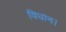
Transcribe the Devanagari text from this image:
विधान।